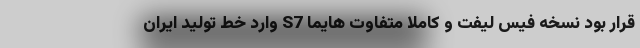
قرار بود نسخه فیس لیفت و کاملًا متفاوت هایما S7 وارد خط تولید ایران